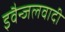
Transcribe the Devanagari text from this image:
इवैन्जलवादी